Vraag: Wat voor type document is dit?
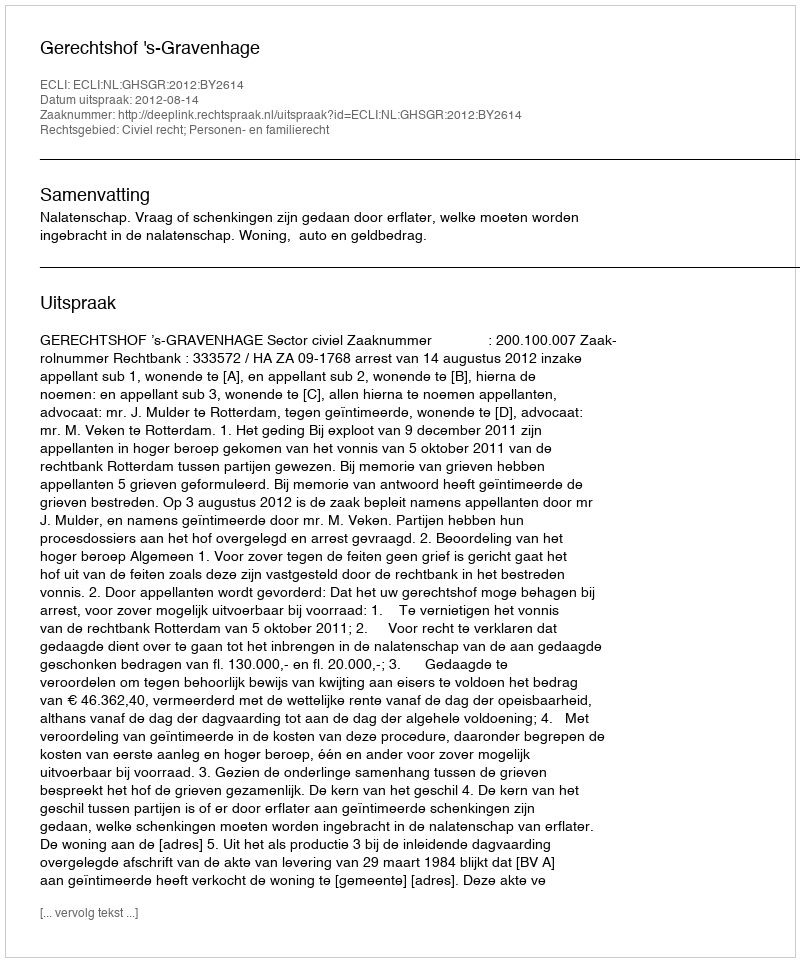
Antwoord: Uitspraak